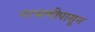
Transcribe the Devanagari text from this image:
परभणीपासून